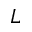
L